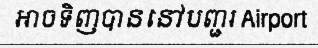
អាចទិញបាននៅបញ្ជរ Airport